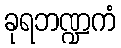
ခုရဘဏ္ဍကံ